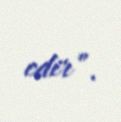
edir”.